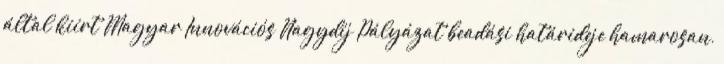
által kiírt Magyar Innovációs Nagydíj Pályázat beadási határideje hamarosan,